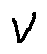
v